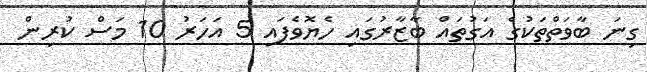
ގިނަ ބާވަތްތަކުގެ އަގުތައް ބާޒާރުގައި ހެޔޮވެފައި 5 އަހަރު 10 މަސް ކުރިން